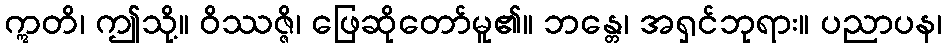
ဣတိ၊ ဤသို့။ ဝိဿဇ္ဇိ၊ ဖြေဆိုတော်မူ၏။ ဘန္တေ၊ အရှင်ဘုရား။ ပညာပန၊